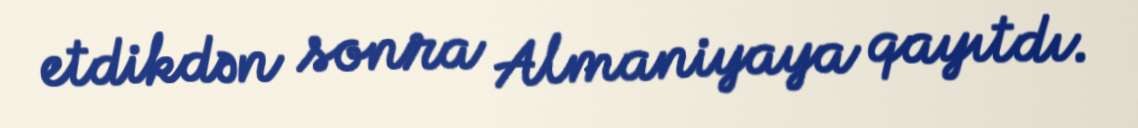
etdikdən sonra Almaniyaya qayıtdı.